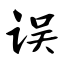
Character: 误